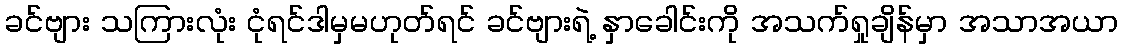
ခင်ဗျား သကြားလုံး ငုံရင်ဒါမှမဟုတ်ရင် ခင်ဗျားရဲ့ နှာခေါင်းကို အသက်ရှုချိန်မှာ အသာအယာ